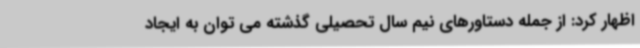
اظهار کرد: از جمله دستاورهای نیم سال تحصیلی گذشته می توان به ایجاد